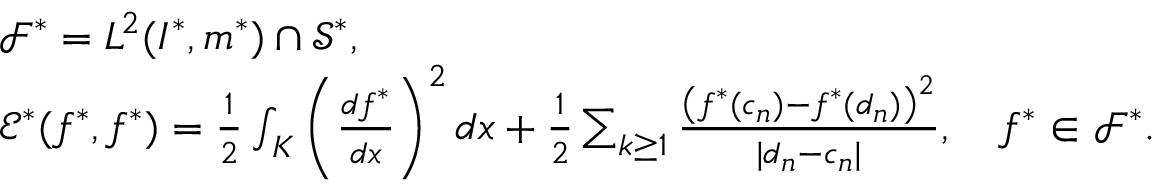
\begin{array} { r l } & { { \mathscr F } ^ { * } = L ^ { 2 } ( I ^ { * } , \mathfrak { m } ^ { * } ) \cap \mathscr { S } ^ { * } , } \\ & { { \mathscr E } ^ { * } ( f ^ { * } , f ^ { * } ) = \frac { 1 } { 2 } \int _ { K } \left( \frac { d f ^ { * } } { d x } \right) ^ { 2 } d x + \frac { 1 } { 2 } \sum _ { k \geq 1 } \frac { \left( f ^ { * } ( c _ { n } ) - f ^ { * } ( d _ { n } ) \right) ^ { 2 } } { | d _ { n } - c _ { n } | } , \quad f ^ { * } \in { \mathscr F } ^ { * } . } \end{array}